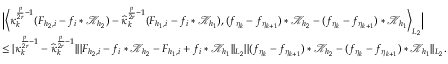
\begin{array} { r l } & { \Big | \Big \langle \kappa _ { k } ^ { \frac { p } { 2 r } - 1 } ( F _ { { h _ { 2 } } , i } - f _ { i } * \mathcal { K } _ { h _ { 2 } } ) - \widehat { \kappa } _ { k } ^ { \frac { p } { 2 r } - 1 } ( F _ { { h _ { 1 } } , i } - f _ { i } * \mathcal { K } _ { h _ { 1 } } ) , ( f _ { \eta _ { k } } - f _ { \eta _ { k + 1 } } ) * \mathcal { K } _ { h _ { 2 } } - ( f _ { \eta _ { k } } - f _ { \eta _ { k + 1 } } ) * \mathcal { K } _ { h _ { 1 } } \Big \rangle _ { L _ { 2 } } \Big | } \\ & { \le \vert \kappa _ { k } ^ { \frac { p } { 2 r } - 1 } - \widehat { \kappa } _ { k } ^ { \frac { p } { 2 r } - 1 } \vert \vert \vert F _ { { h _ { 2 } } , i } - f _ { i } * \mathcal { K } _ { h _ { 2 } } - F _ { { h _ { 1 } } , i } + f _ { i } * \mathcal { K } _ { h _ { 1 } } \vert \vert _ { L _ { 2 } } \vert \vert ( f _ { \eta _ { k } } - f _ { \eta _ { k + 1 } } ) * \mathcal { K } _ { h _ { 2 } } - ( f _ { \eta _ { k } } - f _ { \eta _ { k + 1 } } ) * \mathcal { K } _ { h _ { 1 } } \vert \vert _ { L _ { 2 } } . } \end{array}